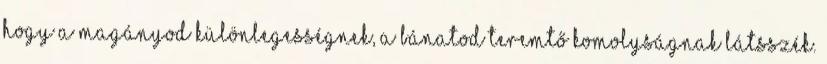
hogy a magányod különlegességnek, a bánatod teremtő komolyságnak látsszék.